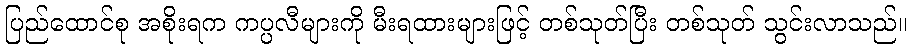
ပြည်ထောင်စု အစိုးရက ကပ္ပလီများကို မီးရထားများဖြင့် တစ်သုတ်ပြီး တစ်သုတ် သွင်းလာသည်။